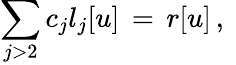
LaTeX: \sum_{j>2}c_{j}l_{j}[u]\, =\, r[u]\, ,\